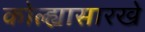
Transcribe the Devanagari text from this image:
कोल्ह्यासारखे